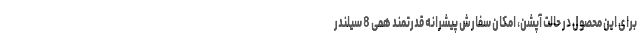
برای این محصول در حالت آپشن، امکان سفارش پیشرانه قدرتمند هِمی 8 سیلندر